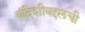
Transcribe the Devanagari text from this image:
बंदिशीबद्दलची